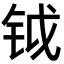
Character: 钺